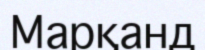
Марқанд